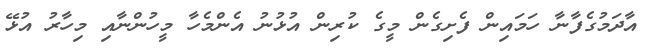
އާދަމުގެފާނާ ހަމައިން ފެށިގެން މީގެ ކުރިން އުޅުނު އެންމެހާ މީހުންނާއި މިހާރު އުޅޭ